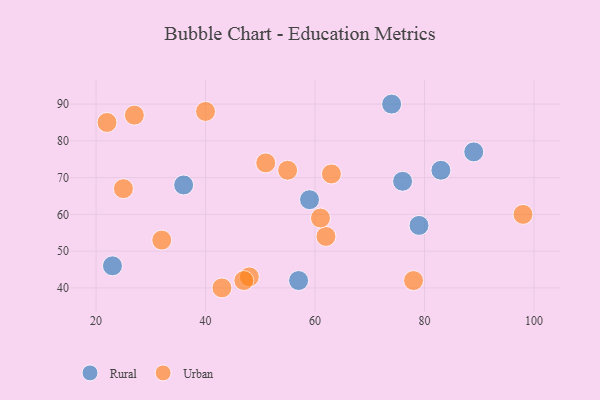
{"axis": {"x": "GDP", "y": "Life Expectancy"}, "legend": ["Rural", "Urban"], "data": [{"x": "36", "y": 68, "type": "Rural"}, {"x": "59", "y": 64, "type": "Rural"}, {"x": "74", "y": 90, "type": "Rural"}, {"x": "23", "y": 46, "type": "Rural"}, {"x": "79", "y": 57, "type": "Rural"}, {"x": "83", "y": 72, "type": "Rural"}, {"x": "57", "y": 42, "type": "Rural"}, {"x": "76", "y": 69, "type": "Rural"}, {"x": "89", "y": 77, "type": "Rural"}, {"x": "48", "y": 43, "type": "Urban"}, {"x": "51", "y": 74, "type": "Urban"}, {"x": "62", "y": 54, "type": "Urban"}, {"x": "40", "y": 88, "type": "Urban"}, {"x": "25", "y": 67, "type": "Urban"}, {"x": "61", "y": 59, "type": "Urban"}, {"x": "32", "y": 53, "type": "Urban"}, {"x": "27", "y": 87, "type": "Urban"}, {"x": "63", "y": 71, "type": "Urban"}, {"x": "47", "y": 42, "type": "Urban"}, {"x": "78", "y": 42, "type": "Urban"}, {"x": "43", "y": 40, "type": "Urban"}, {"x": "98", "y": 60, "type": "Urban"}, {"x": "55", "y": 72, "type": "Urban"}, {"x": "22", "y": 85, "type": "Urban"}]}